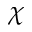
\chi